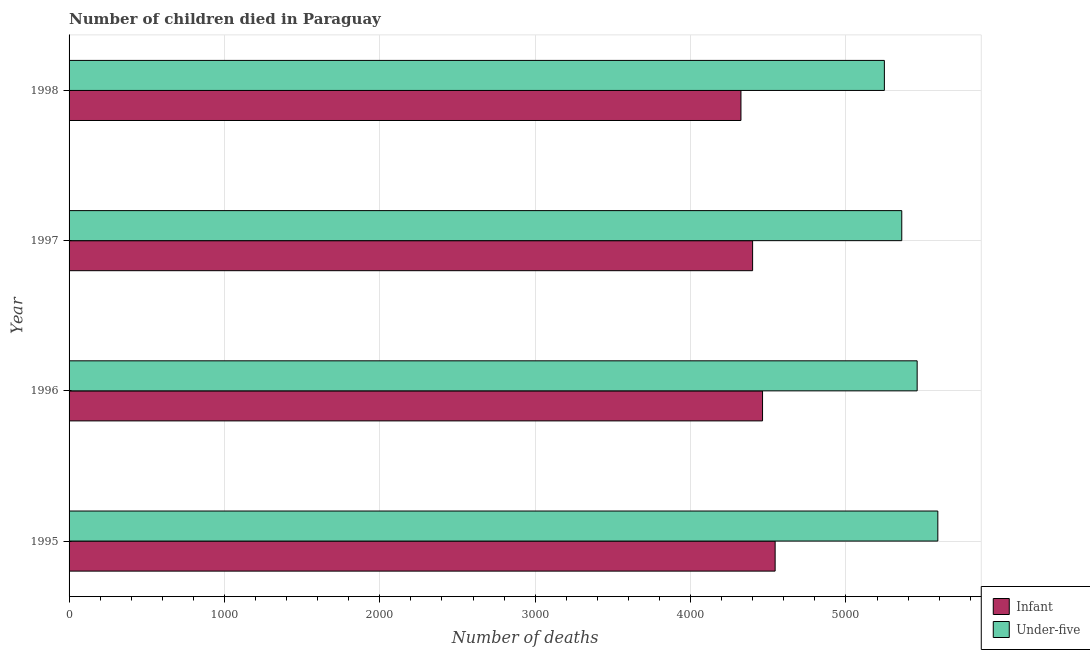
| Year | Infant | Under-five |
 | --- | --- | --- |
 | 1995 | 4.54e+03 | 5.59e+03 |
 | 1996 | 4.46e+03 | 5.46e+03 |
 | 1997 | 4.4e+03 | 5.36e+03 |
 | 1998 | 4.32e+03 | 5.25e+03 |